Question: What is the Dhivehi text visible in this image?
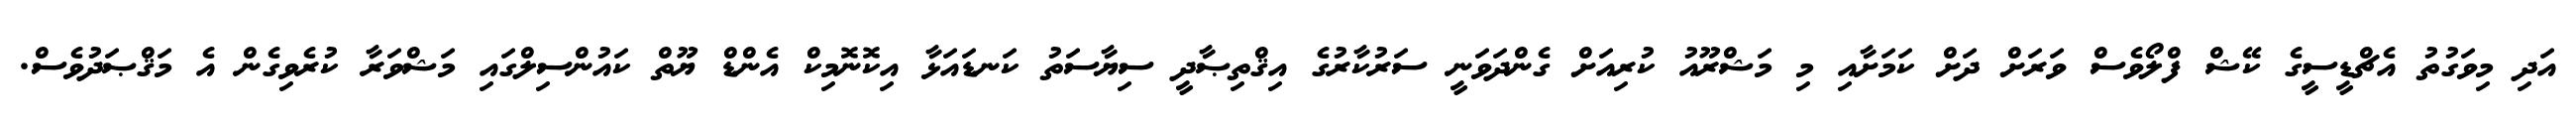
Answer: އަދި މިވަގުތު އެޗްޑީސީގެ ކޭޝް ފްލޯވެސް ވަރަށް ދަށް ކަމަށާއި މި މަޝްރޫއު ކުރިއަށް ގެންދަވަނީ ސަރުކާރުގެ އިޤްތިޞާދީ ސިޔާސަތު ކަނޑައަޅާ އިކޮނޮމިކް އެންޑް ޔޫތް ކައުންސިލްގައި މަޝްވަރާ ކުރެވިގެން އެ މަޤްޞަދުވެސް.